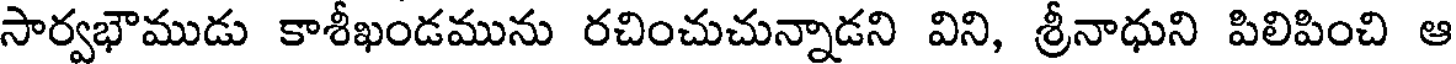
సార్వభౌముడు కాశీఖండమును రచించుచున్నాడని విని, శ్రీనాధుని పిలిపించి ఆ